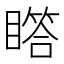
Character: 𪾾